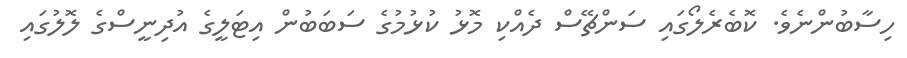
ހިސާބުންނެވެ. ކޮބެރެލޯގައި ސަންޗޭސް ދެއްކި މޮޅު ކުޅުމުގެ ސަބަބުން އިޓަލީގެ އުދިނީސްގެ ލޮލުގައި